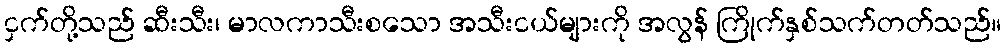
ငှက်တို့သည် ဆီးသီး၊ မာလကာသီးစသော အသီးငယ်များကို အလွန် ကြိုက်နှစ်သက်တတ်သည်။